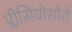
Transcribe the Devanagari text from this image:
प्लीसियोसौरों